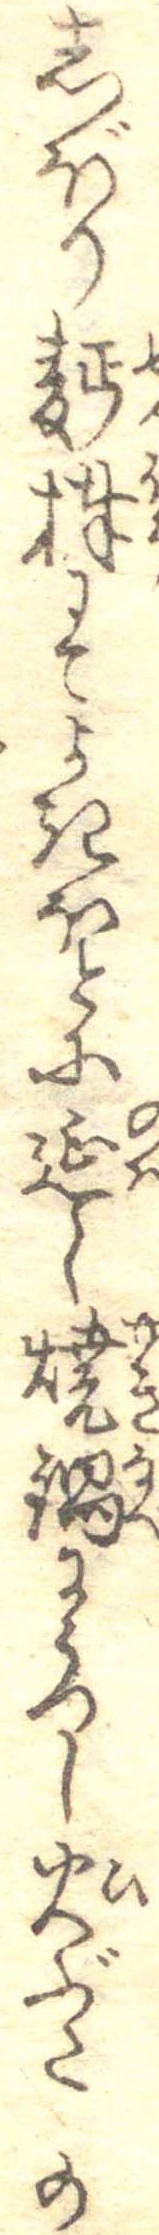
しぼり麺棒にてよきほとに延し焼鍋にうつし火ぶたの